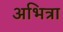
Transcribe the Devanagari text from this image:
अभित्रा